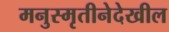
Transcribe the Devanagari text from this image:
मनुस्मृतीनेदेखील